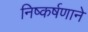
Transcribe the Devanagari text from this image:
निष्कर्षणाने